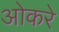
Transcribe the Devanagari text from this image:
ओकरे